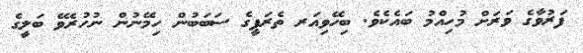
ފަރުވާގެ ވަރަށް މުހިއްމު ބައެކެވެ. ބިހޭވިއަރ ތެރަޕީގެ ސަބަބުން ހިމޭނުން ނުހުރެވޭ ބަލީގެ